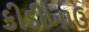
કીડીખાઉ